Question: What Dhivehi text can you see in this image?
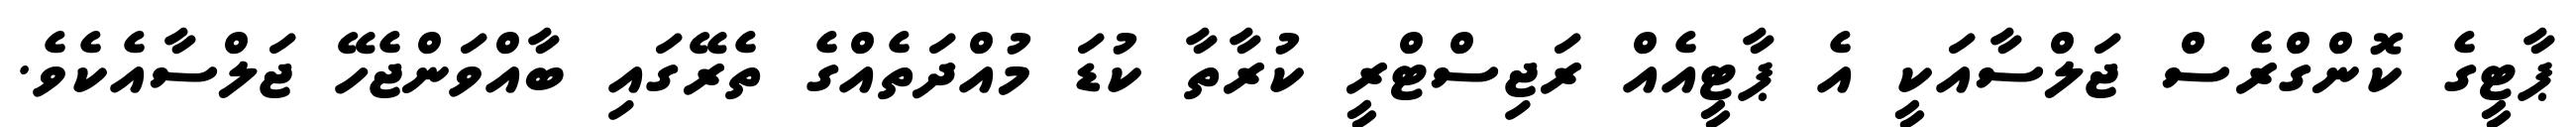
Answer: ޕާޓީގެ ކޮންގްރެސް ޖަލްސާއަކީ އެ ޕާޓީއެއް ރަޖިސްޓްރީ ކުރާތާ ކުޑަ މުއްދަތެއްގެ ތެރޭގައި ބާއްވަންޖެހޭ ޖަލްސާއެކެވެ.